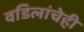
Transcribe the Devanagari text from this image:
वडिलांचेही